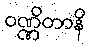
ဝဏ္ဏိတာနိ